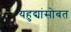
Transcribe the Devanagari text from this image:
यहुद्यांसोबत